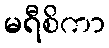
မရီစိကာ